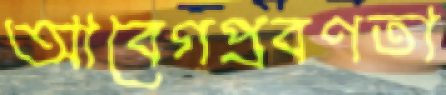
আবেগপ্রবণতা